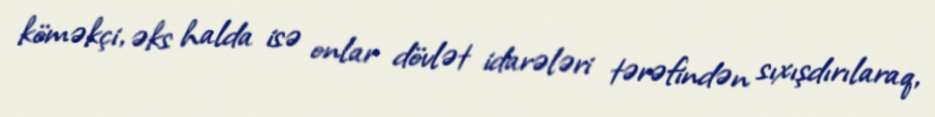
köməkçi, əks halda isə onlar dövlət idarələri tərəfindən sıxışdırılaraq,